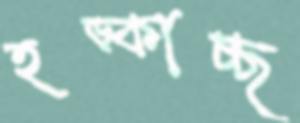
হড়্‌কাচ্ছ